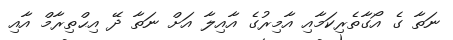
ނަތާ ގެ އޯގާތެރިކަމާއި އާމިރުގެ އާއިލާ އަށް ނަތާ ދޭ އިޙްތިރާމް އާއި